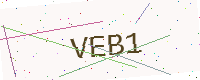
Text: VEB1